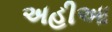
અહીઆ